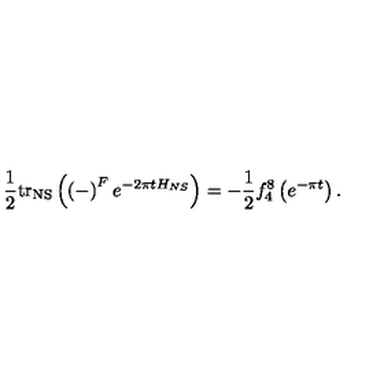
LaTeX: \frac { 1 } { 2 } \mathrm { t r } _ { \mathrm { \tiny N S } } \left( \left( - \right) ^ { F } e ^ { - 2 \pi t H _ { N S } } \right) = - \frac { 1 } { 2 } f _ { 4 } ^ { 8 } \left( e ^ { - \pi t } \right) .